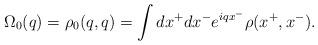
LaTeX: \begin{align*}\Omega_0(q) = \rho_0(q,q) = \int dx^+ dx^- e^{iqx^-} \rho(x^+,x^-). \end{align*}